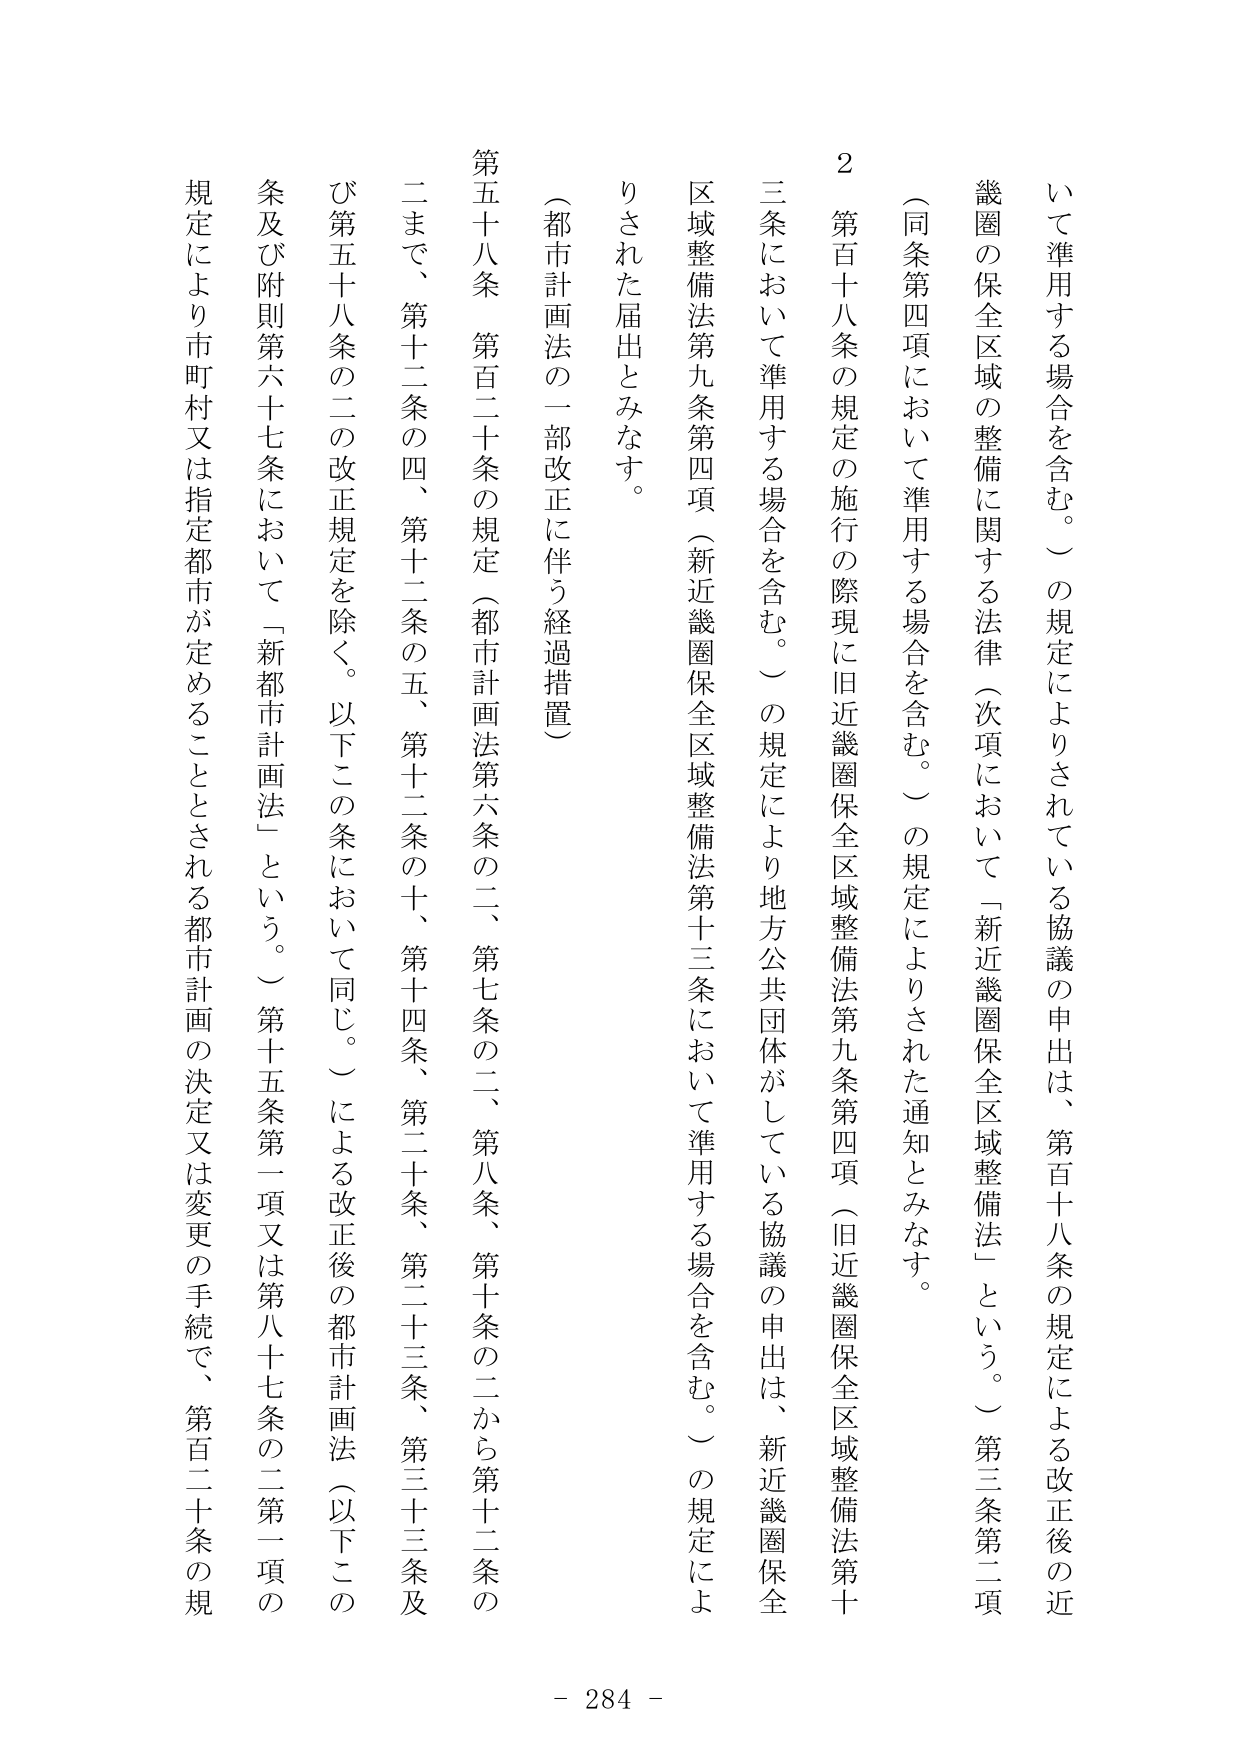
いて準用する場合を含む。）の規定によりされている協議の申出は、第百十八条の規定による改正後の近畿圏の保全区域の整備に関する法律（次項において「新近畿圏保全区域整備法」という。）第三条第二項（同条第四項において準用する場合を含む。）の規定によりされた通知とみなす。

２ 第百十八条の規定の施行の際現に旧近畿圏保全区域整備法第九条第四項（旧近畿圏保全区域整備法第十三条において準用する場合を含む。）の規定により地方公共団体がしている協議の申出は、新近畿圏保全区域整備法第九条第四項（新近畿圏保全区域整備法第十三条において準用する場合を含む。）の規定によりされた届出とみなす。

（都市計画法の一部改正に伴う経過措置）

第五十八条 第百二十条の規定（都市計画法第六条の二、第七条の二、第八条、第十条の二から第十二条の二まで、第十二条の四、第十二条の五、第十二条の十、第十四条、第二十条、第二十三条、第三十三条及び第五十八条の二の改正規定を除く。以下この条において同じ。）による改正後の都市計画法（以下この条及び附則第六十七条において「新都市計画法」という。）第十五条第一項又は第八十七条の二第一項の規定により市町村又は指定都市が定めることとされる都市計画の決定又は変更の手続で、第百二十条の規

- 284 -